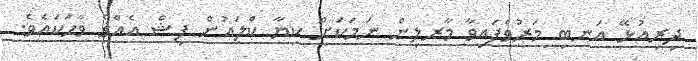
ދިރިއުޅޭ އަނބި މަރުވެފައިވާ މާރލިން ނަމަކަށް ކިޔާ ކްލައުން ފިޝް އެއްގެ ވާހަކައެވެ.